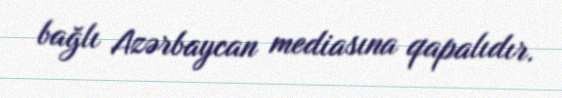
bağlı Azərbaycan mediasına qapalıdır.